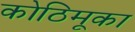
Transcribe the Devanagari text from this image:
कोठिमूका